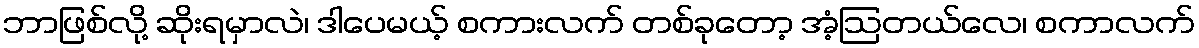
ဘာဖြစ်လို့ ဆိုးရမှာလဲ၊ ဒါပေမယ့် စကားလက် တစ်ခုတော့ အံ့ဩတယ်လေ၊ စကာလက်